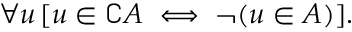
\forall u \, [ u \in \complement A \iff \neg ( u \in A ) ] .